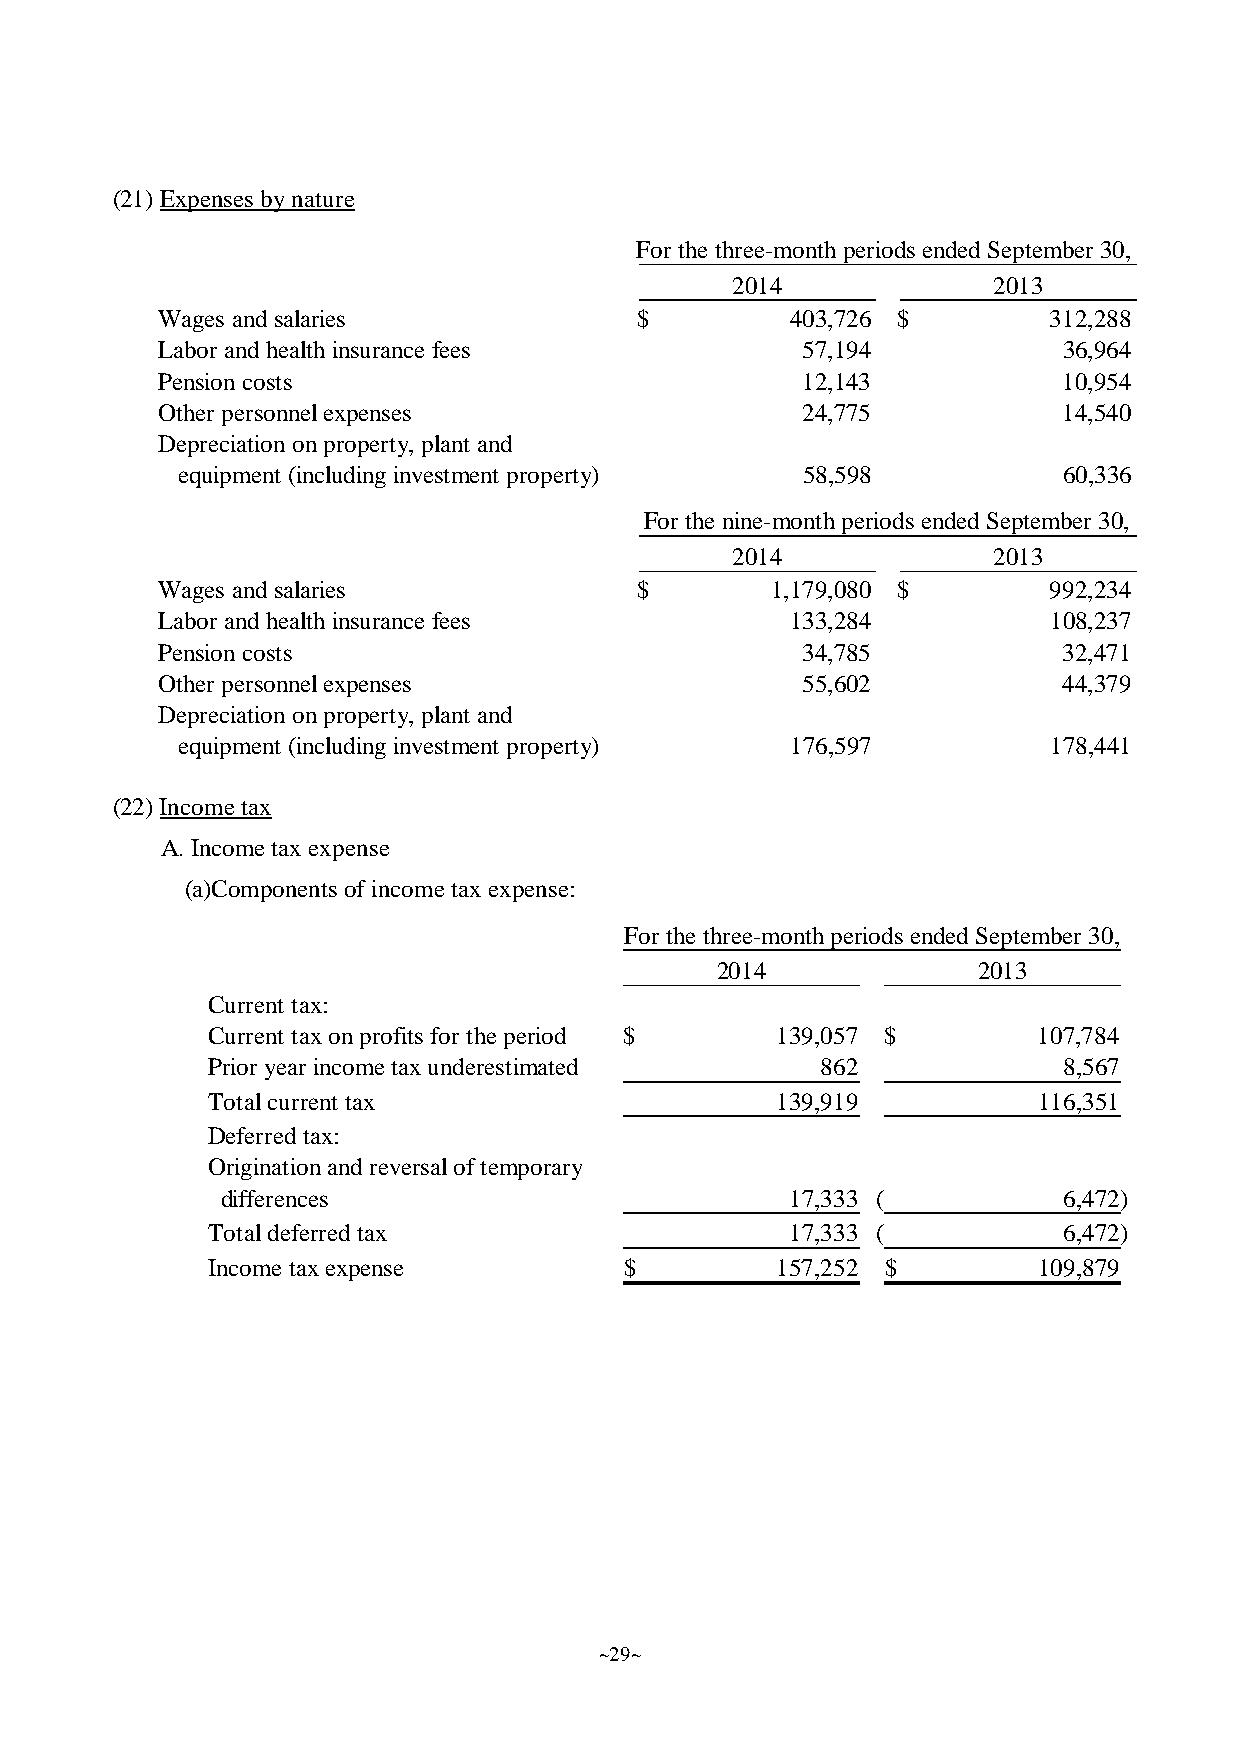
(21)Expenses bynature
 For the three-monthperiodsended September 30,
 2014              2013
 Wages and salaries              $         403,726 $        312,288
 Labor and healthinsurance fees             57,194           36,964
 Pensioncosts                               12,143           10,954
 Other personnelexpenses                    24,775           14,540
 Depreciationonproperty, plant and
 equipment (including investment property) 58,598          60,336
 For the nine-monthperiodsended September 30,
 2014              2013
 Wages and salaries              $        1,179,080 $       992,234
 Labor and healthinsurance fees            133,284          108,237
 Pensioncosts                               34,785           32,471
 Other personnelexpenses                    55,602           44,379
 Depreciationonproperty, plant and
 equipment (including investment property) 176,597        178,441
 (22)Incometax
 A. Incometax expense
 (a)Components ofincometax expense:
 For the three-monthperiods ended September 30,
 2014              2013
 Current tax:
 Current taxonprofits for the period $ 139,057 $        107,784
 Prior year income taxunderestimated     862             8,567
 Totalcurrent tax                     139,919           116,351
 Deferred tax:
 Originationand reversaloftemporary
 differences                          17,333 (          6,472)
 Totaldeferred tax                     17,333 (          6,472)
 Income taxexpense          $         157,252 $         109,879
 ~29~